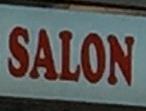
salon